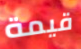
قيمة